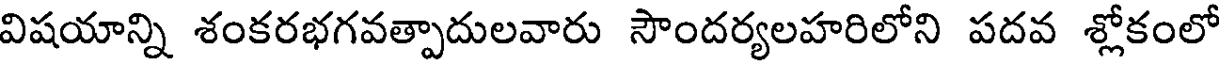
విషయాన్ని శంకరభగవత్పాదులవారు సౌందర్యలహరిలోని పదవ శ్లోకంలో